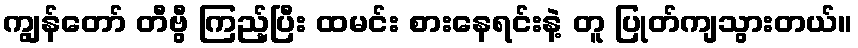
ကျွန်တော် တီဗွီ ကြည့်ပြီး ထမင်း စားနေရင်းနဲ့ တူ ပြုတ်ကျသွားတယ်။